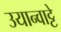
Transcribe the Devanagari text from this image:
उयान्वाट्टे